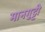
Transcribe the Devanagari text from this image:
मानगुट्टी